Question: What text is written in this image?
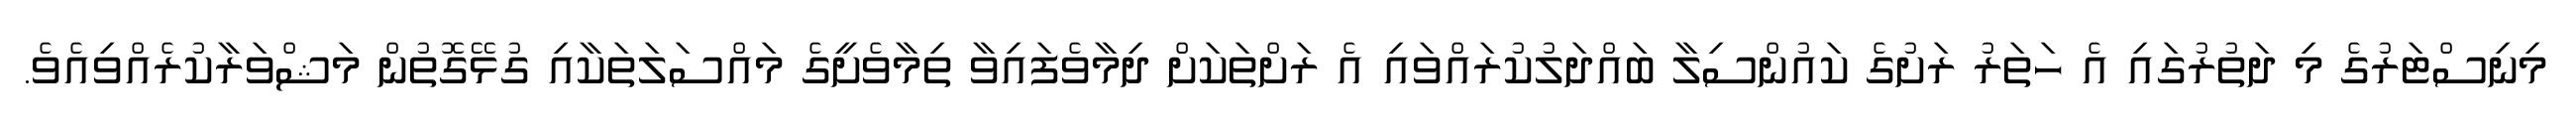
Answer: މިނިސްޓަރުގެ މި ދަތުރުގައި އެ ހަތަރު ރަށުގެ ކައުންސިލާ ބައްދަލުކުރައްވައި އެ ރަށްތަކަށް ދިމާވެފައިވާ ތިމާވެށީގެ މައްސަލަތަކާއި ގުޅޭގޮތުން މަޝްވަރާކުރެއްވިއެވެ.